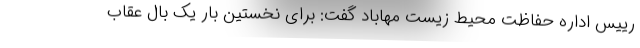
رییس اداره حفاظت محیط زیست مهاباد گفت: برای نخستین بار یک بال عقاب